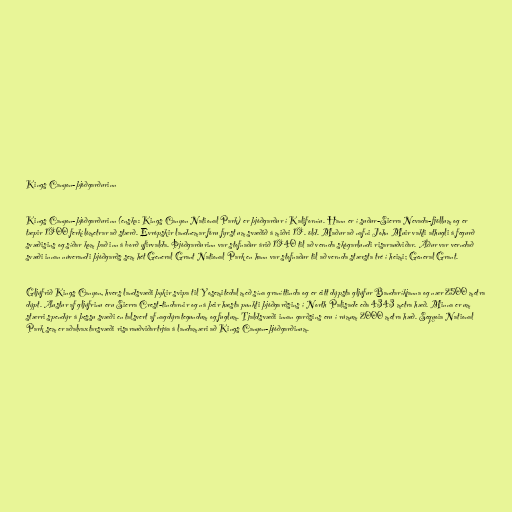
Kings Canyon-þjóðgarðurinn

Kings Canyon-þjóðgarðurinn (enska: Kings Canyon National Park) er þjóðgarður í Kaliforníu. Hann er í suður-Sierra Nevada-fjöllum og er
tæpir 1900 ferkílómetrar að stærð. Evrópskir landnemar fóru fyrst um svæðið á miðri 19. öld. Maður að nafni John Muir vakti athugli á fegurð
svæðisins og síðar kom það inn á borð yfirvalda. Þjóðgarðurinn var stofnaður árið 1940 til að vernda skógarlundi risarauðviðar. Áður var verndað
svæði innan núverandi þjóðgarðs sem hét General Grant National Park en hann var stofnaður til að vernda stærsta tré í heimi; General Grant.

Gljúfrið Kings Canyon, hvers landsvæði þykir svipa til Yosemitedal með sína graníttinda og er eitt dýpsta gljúfur Bandaríkjanna og nær 2500 metra
dýpt. Austur af gljúfrinu eru Sierra Crest-tindarnir og ná þeir hæsta punkti þjóðgarðsins í North Palisade eða 4343 metra hæð. Minna er um
stærri spendýr á þessu svæði en talsvert af nagdýrategundum og fuglum. Tjaldsvæði innan garðsins eru í rúmum 2000 metra hæð. Sequoia National
Park sem er aðalvaxtarsvæði risarauðviðartrjáa á landamæri að Kings Canyon-þjóðgarðinum.